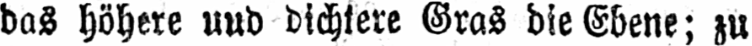
das höhere uud dichtere Gras die Ebene; zu